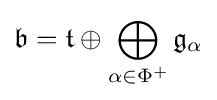
{\mathfrak {b}}={\mathfrak {t}}\oplus \bigoplus _{\alpha \in \Phi ^{+}}{\mathfrak {g}}_{\alpha }